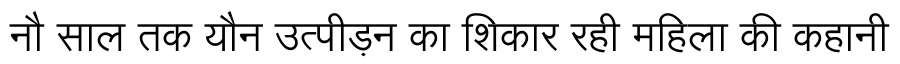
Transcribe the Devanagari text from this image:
नौ साल तक यौन उत्पीड़न का शिकार रही महिला की कहानी